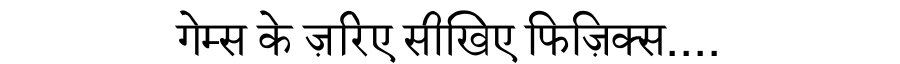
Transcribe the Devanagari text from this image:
गेम्स के ज़रिए सीखिए फिज़िक्स....